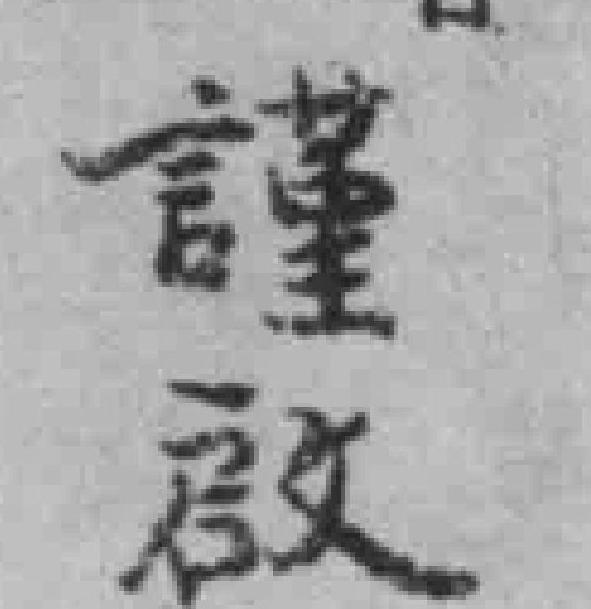
謹啟